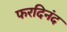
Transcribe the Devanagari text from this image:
फरदिनंद